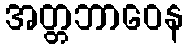
အတ္တဘာဝေန